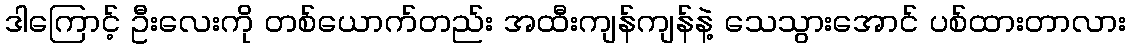
ဒါကြောင့် ဦးလေးကို တစ်ယောက်တည်း အထီးကျန်ကျန်နဲ့ သေသွားအောင် ပစ်ထားတာလား